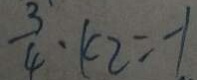
\frac { 3 } { 4 } \cdot k 2 = - 1